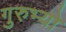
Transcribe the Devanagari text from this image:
गुरुभ्यो